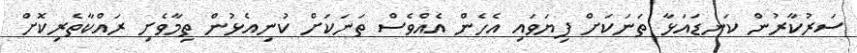
ސަރުކާރުން ކަނޑައަޅާ ތަނަކަށް ފިޔަވައި އެހެން އެއްވެސް ތަނަކަށް ކުނިއެޅުން ތިމާވެށި ރައްކާތެރިކޮށް